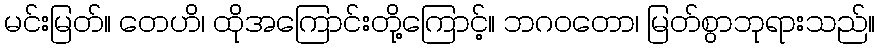
မင်းမြတ်။ တေဟိ၊ ထိုအကြောင်းတို့ကြောင့်။ ဘဂဝတော၊ မြတ်စွာဘုရားသည်။